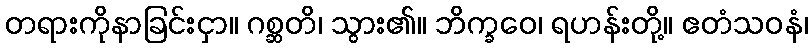
တရားကိုနာခြင်းငှာ။ ဂစ္ဆတိ၊ သွား၏။ ဘိက္ခဝေ၊ ရဟန်းတို့။ ဧတံသဝနံ၊